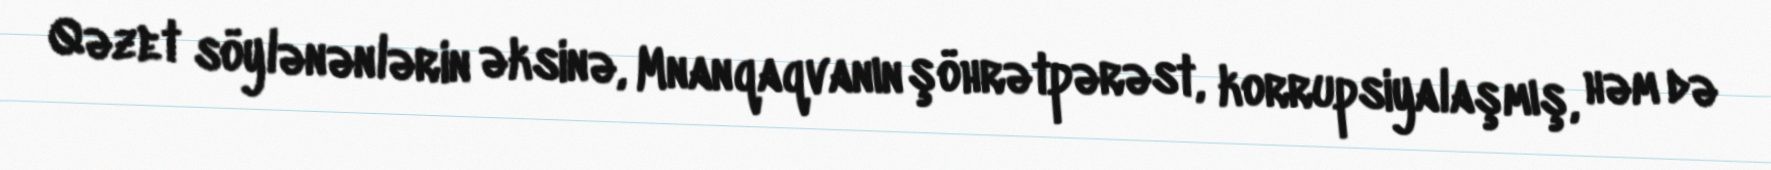
Qəzet söylənənlərin əksinə, Mnanqaqvanın şöhrətpərəst, korrupsiyalaşmış, həm də